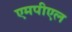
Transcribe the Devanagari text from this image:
एमपीएल